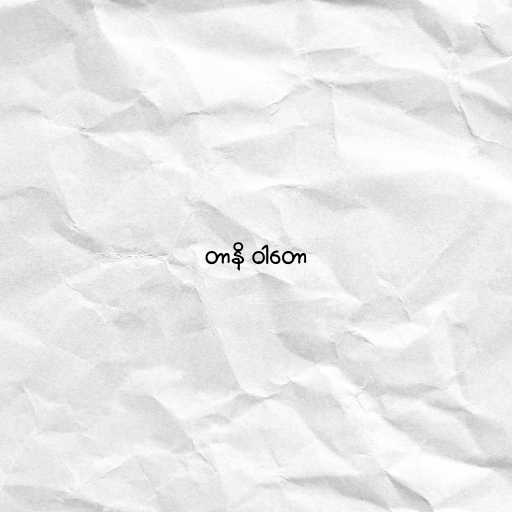
တာနိ ဝါတော